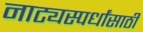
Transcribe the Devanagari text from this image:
नाट्यस्पर्धांसाठी